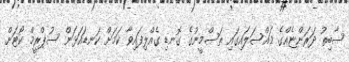
ސާބިތު ދަރަންޏެއްގެ މައްސަލައިގައި ތަސްމީނުގެ ގޮނޑި ގެއްލިފައިވާ ކަމަށް ކަނޑައަޅަން ސުޕްރީމް ކޯޓަށް